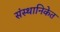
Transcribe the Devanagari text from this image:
संस्थानिकेत